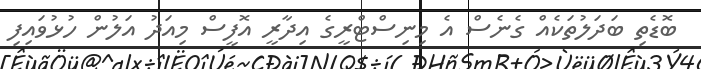
ބޮޑެތި ބަދަލުތަކެއް ގެނެސް އެ މިނިސްޓްރީގެ އިދާރީ އޮފީސް މިއަދު އަލުން ހުޅުވައިފި